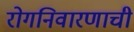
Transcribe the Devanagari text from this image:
रोगनिवारणाची